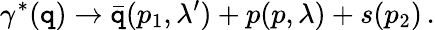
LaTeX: \gamma^{\ast}(\mathtt{q})\to\bar{{\mathtt{q}}}(p_{1},\lambda^{\prime})+p(p,\lambda)+s(p_{2})\, .